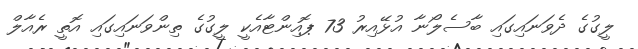
ލީގުގެ ދެވަނައިގައި ބާސެލޯނާ އުޅޭއިރު 73 ޕޮއިންޓާއެކީ ލީގުގެ ތިންވަނައިގައި އޮތީ ރެއާލް